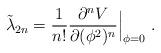
LaTeX: \begin{align*}\tilde\lambda_{2n}={1\over n!}{\partial^n V\over\partial (\phi^2)^n}\Big|_{\phi=0}\ .\end{align*}